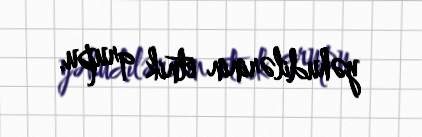
yəhudilərinin etnik qrupu.